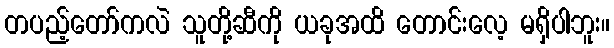
တပည့်တော်ကလဲ သူတို့ဆီကို ယခုအထိ တောင်းလေ့ မရှိပါဘူး။